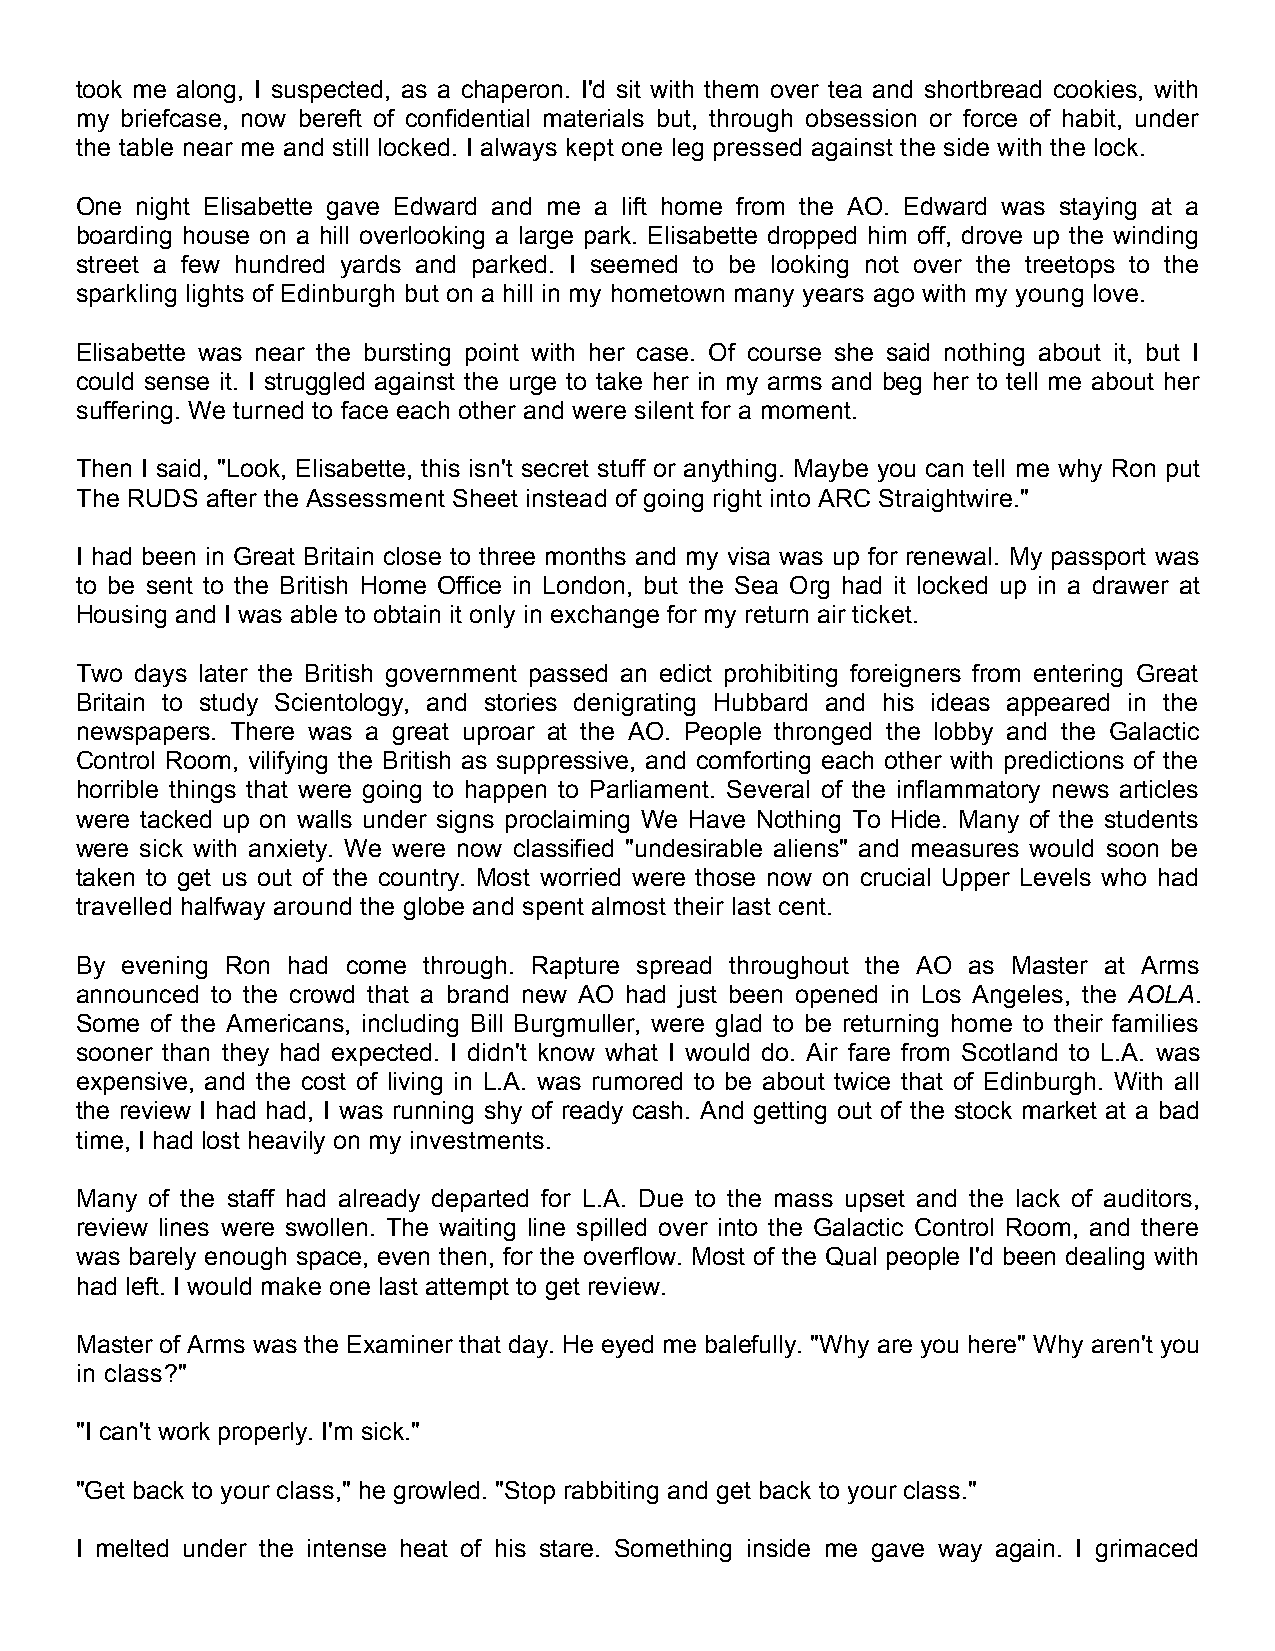
took me along, I suspected, as a chaperon. I'd sit with them over tea and shortbread cookies, with
 my briefcase, now bereft of confidential materials but, through obsession or force of habit, under
 the table near me and still locked. I always kept one leg pressed against the side with the lock.
 One night Elisabette gave Edward and me a lift home from the AO. Edward was staying at a
 boarding house on a hill overlooking a large park. Elisabette dropped him off, drove up the winding
 street a few hundred yards and parked. I seemed to be looking not over the treetops to the
 sparkling lights of Edinburgh but on a hill in my hometown many years ago with my young love.
 Elisabette was near the bursting point with her case. Of course she said nothing about it, but I
 could sense it. I struggled against the urge to take her in my arms and beg her to tell me about her
 suffering. We turned to face each other and were silent for a moment.
 Then I said, "Look, Elisabette, this isn't secret stuff or anything. Maybe you can tell me why Ron put
 The RUDS after the Assessment Sheet instead of going right into ARC Straightwire."
 I had been in Great Britain close to three months and my visa was up for renewal. My passport was
 to be sent to the British Home Office in London, but the Sea Org had it locked up in a drawer at
 Housing and I was able to obtain it only in exchange for my return air ticket.
 Two days later the British government passed an edict prohibiting foreigners from entering Great
 Britain to study Scientology, and stories denigrating Hubbard and his ideas appeared in the
 newspapers. There was a great uproar at the AO. People thronged the lobby and the Galactic
 Control Room, vilifying the British as suppressive, and comforting each other with predictions of the
 horrible things that were going to happen to Parliament. Several of the inflammatory news articles
 were tacked up on walls under signs proclaiming We Have Nothing To Hide. Many of the students
 were sick with anxiety. We were now classified "undesirable aliens" and measures would soon be
 taken to get us out of the country. Most worried were those now on crucial Upper Levels who had
 travelled halfway around the globe and spent almost their last cent.
 By evening Ron had come through. Rapture spread throughout the AO as Master at Arms
 announced to the crowd that a brand new AO had just been opened in Los Angeles, the AOLA.
 Some of the Americans, including Bill Burgmuller, were glad to be returning home to their families
 sooner than they had expected. I didn't know what I would do. Air fare from Scotland to L.A. was
 expensive, and the cost of living in L.A. was rumored to be about twice that of Edinburgh. With all
 the review I had had, I was running shy of ready cash. And getting out of the stock market at a bad
 time, I had lost heavily on my investments.
 Many of the staff had already departed for L.A. Due to the mass upset and the lack of auditors,
 review lines were swollen. The waiting line spilled over into the Galactic Control Room, and there
 was barely enough space, even then, for the overflow. Most of the Qual people I'd been dealing with
 had left. I would make one last attempt to get review.
 Master of Arms was the Examiner that day. He eyed me balefully. "Why are you here" Why aren't you
 in class?"
 "I can't work properly. I'm sick."
 "Get back to your class," he growled. "Stop rabbiting and get back to your class."
 I melted under the intense heat of his stare. Something inside me gave way again. I grimaced